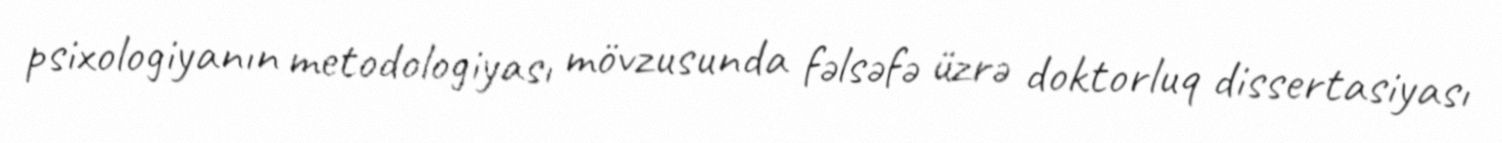
psixologiyanın metodologiyası mövzusunda fəlsəfə üzrə doktorluq dissertasiyası